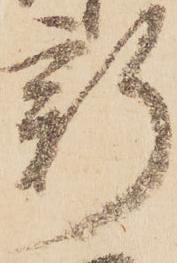
新